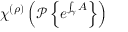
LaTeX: \chi ^ { ( \rho ) } \left( { \mathcal { P } } \left\{ e ^ { \int _ { \gamma } A } \right\} \right)